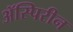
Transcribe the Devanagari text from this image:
ॲस्पिरीन